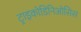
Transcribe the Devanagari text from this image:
ट्राइकोडिनिओसिस